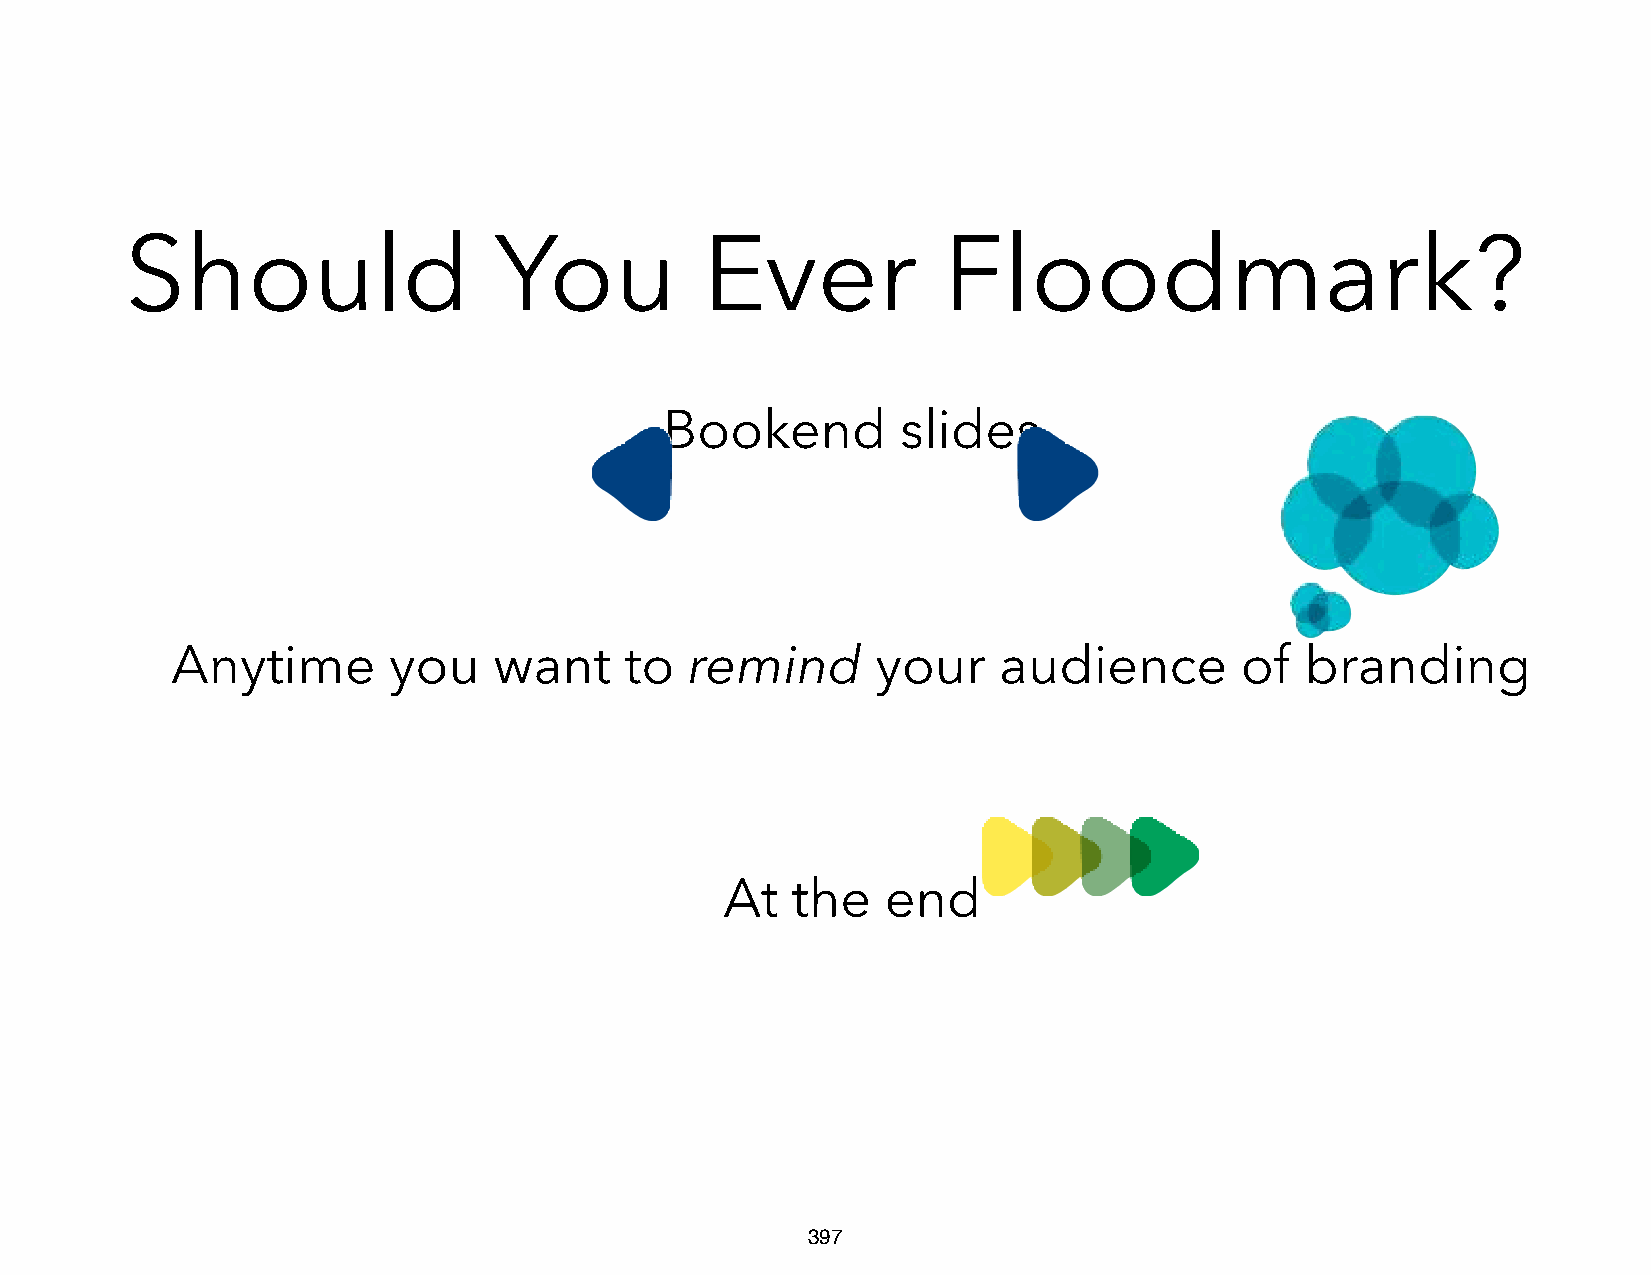
Should                   You           Ever           Floodmark?
 Bookend         slides
 Anytime        you    want    to   remind      your    audience        of  branding
 At  the    end
 397